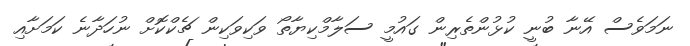
ނަމަވެސް އޭނާ ބުނީ ކުޅުންތެރިން ގައުމީ ސަލާމްކިޔާތޯ ވަކިވަކިން ޗެކްކޮށް ނުހަދާނެ ކަމަށާއި